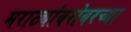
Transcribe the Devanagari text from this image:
मराठ्यांबरोबरच्या